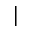
|